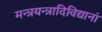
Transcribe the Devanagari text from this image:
मन्त्रयन्त्रादिविद्यानां